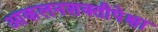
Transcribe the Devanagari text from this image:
आकलनशक्तीपेक्षा